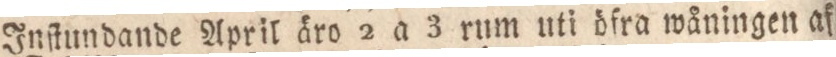
Inſtundande April äro 2 a 3 rum uti öfra wåningen af